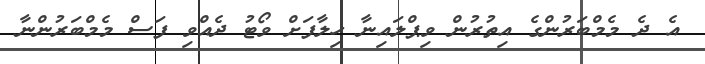
އެ ދެ މެމްބަރުންގެ އިތުރުން ވިޕްލައިނާ ހިލާފަށް ވޯޓު ދެއްވި ފަސް މެމްބަރުންނާ